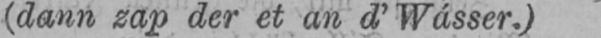
(dann zap der et an d’Wásser.)